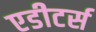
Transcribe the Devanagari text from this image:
एडीटर्स